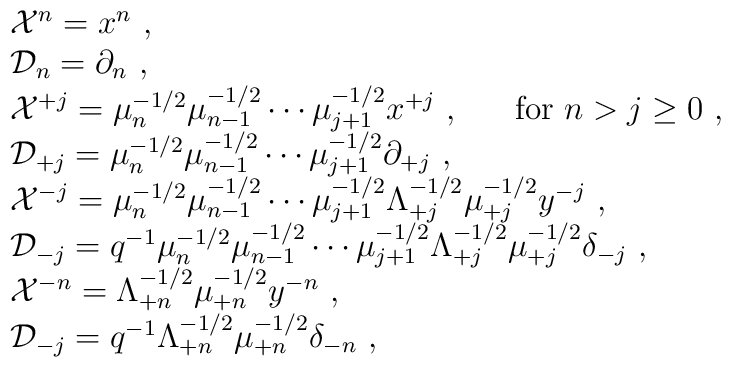
\begin{array}{l}{\cal X}^n=x^n~,\\{\cal D}_n=\partial_n~,\\{\cal X}^{+j}=\mu_{n}^{-1/2}\mu_{n-1}^{-1/2}\cdots\mu_{j+1}^{-1/2}x^{+j}~,~~~~~{\rm for}~n>j\geq 0~,\\{\cal D}_{+j}=\mu_{n}^{-1/2}\mu_{n-1}^{-1/2}\cdots\mu_{j+1}^{-1/2}\partial_{+j}~,\\{\cal X}^{-j}=\mu_{n}^{-1/2}\mu_{n-1}^{-1/2}\cdots\mu_{j+1}^{-1/2}\Lambda_{+j}^{-1/2}\mu_{+j}^{-1/2}y^{-j}~,\\{\cal D}_{-j}=q^{-1}\mu_{n}^{-1/2}\mu_{n-1}^{-1/2}\cdots\mu_{j+1}^{-1/2}\Lambda_{+j}^{-1/2}\mu_{+j}^{-1/2}\delta_{-j}~,\\{\cal X}^{-n}=\Lambda_{+n}^{-1/2}\mu_{+n}^{-1/2}y^{-n}~,\\{\cal D}_{-j}=q^{-1}\Lambda_{+n}^{-1/2}\mu_{+n}^{-1/2}\delta_{-n}~,\end{array}